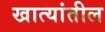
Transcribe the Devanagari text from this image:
खात्यांतील